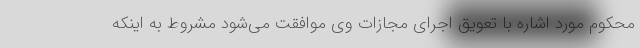
محکوم مورد اشاره با تعویق اجرای مجازات وی موافقت می‌شود مشروط به اینکه